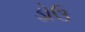
ડોઉ